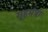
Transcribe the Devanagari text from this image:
गृहमंत्रा